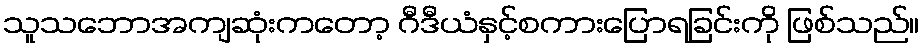
သူသဘောအကျဆုံးကတော့ ဂီဒီယံနှင့်စကားပြောရခြင်းကို ဖြစ်သည်။